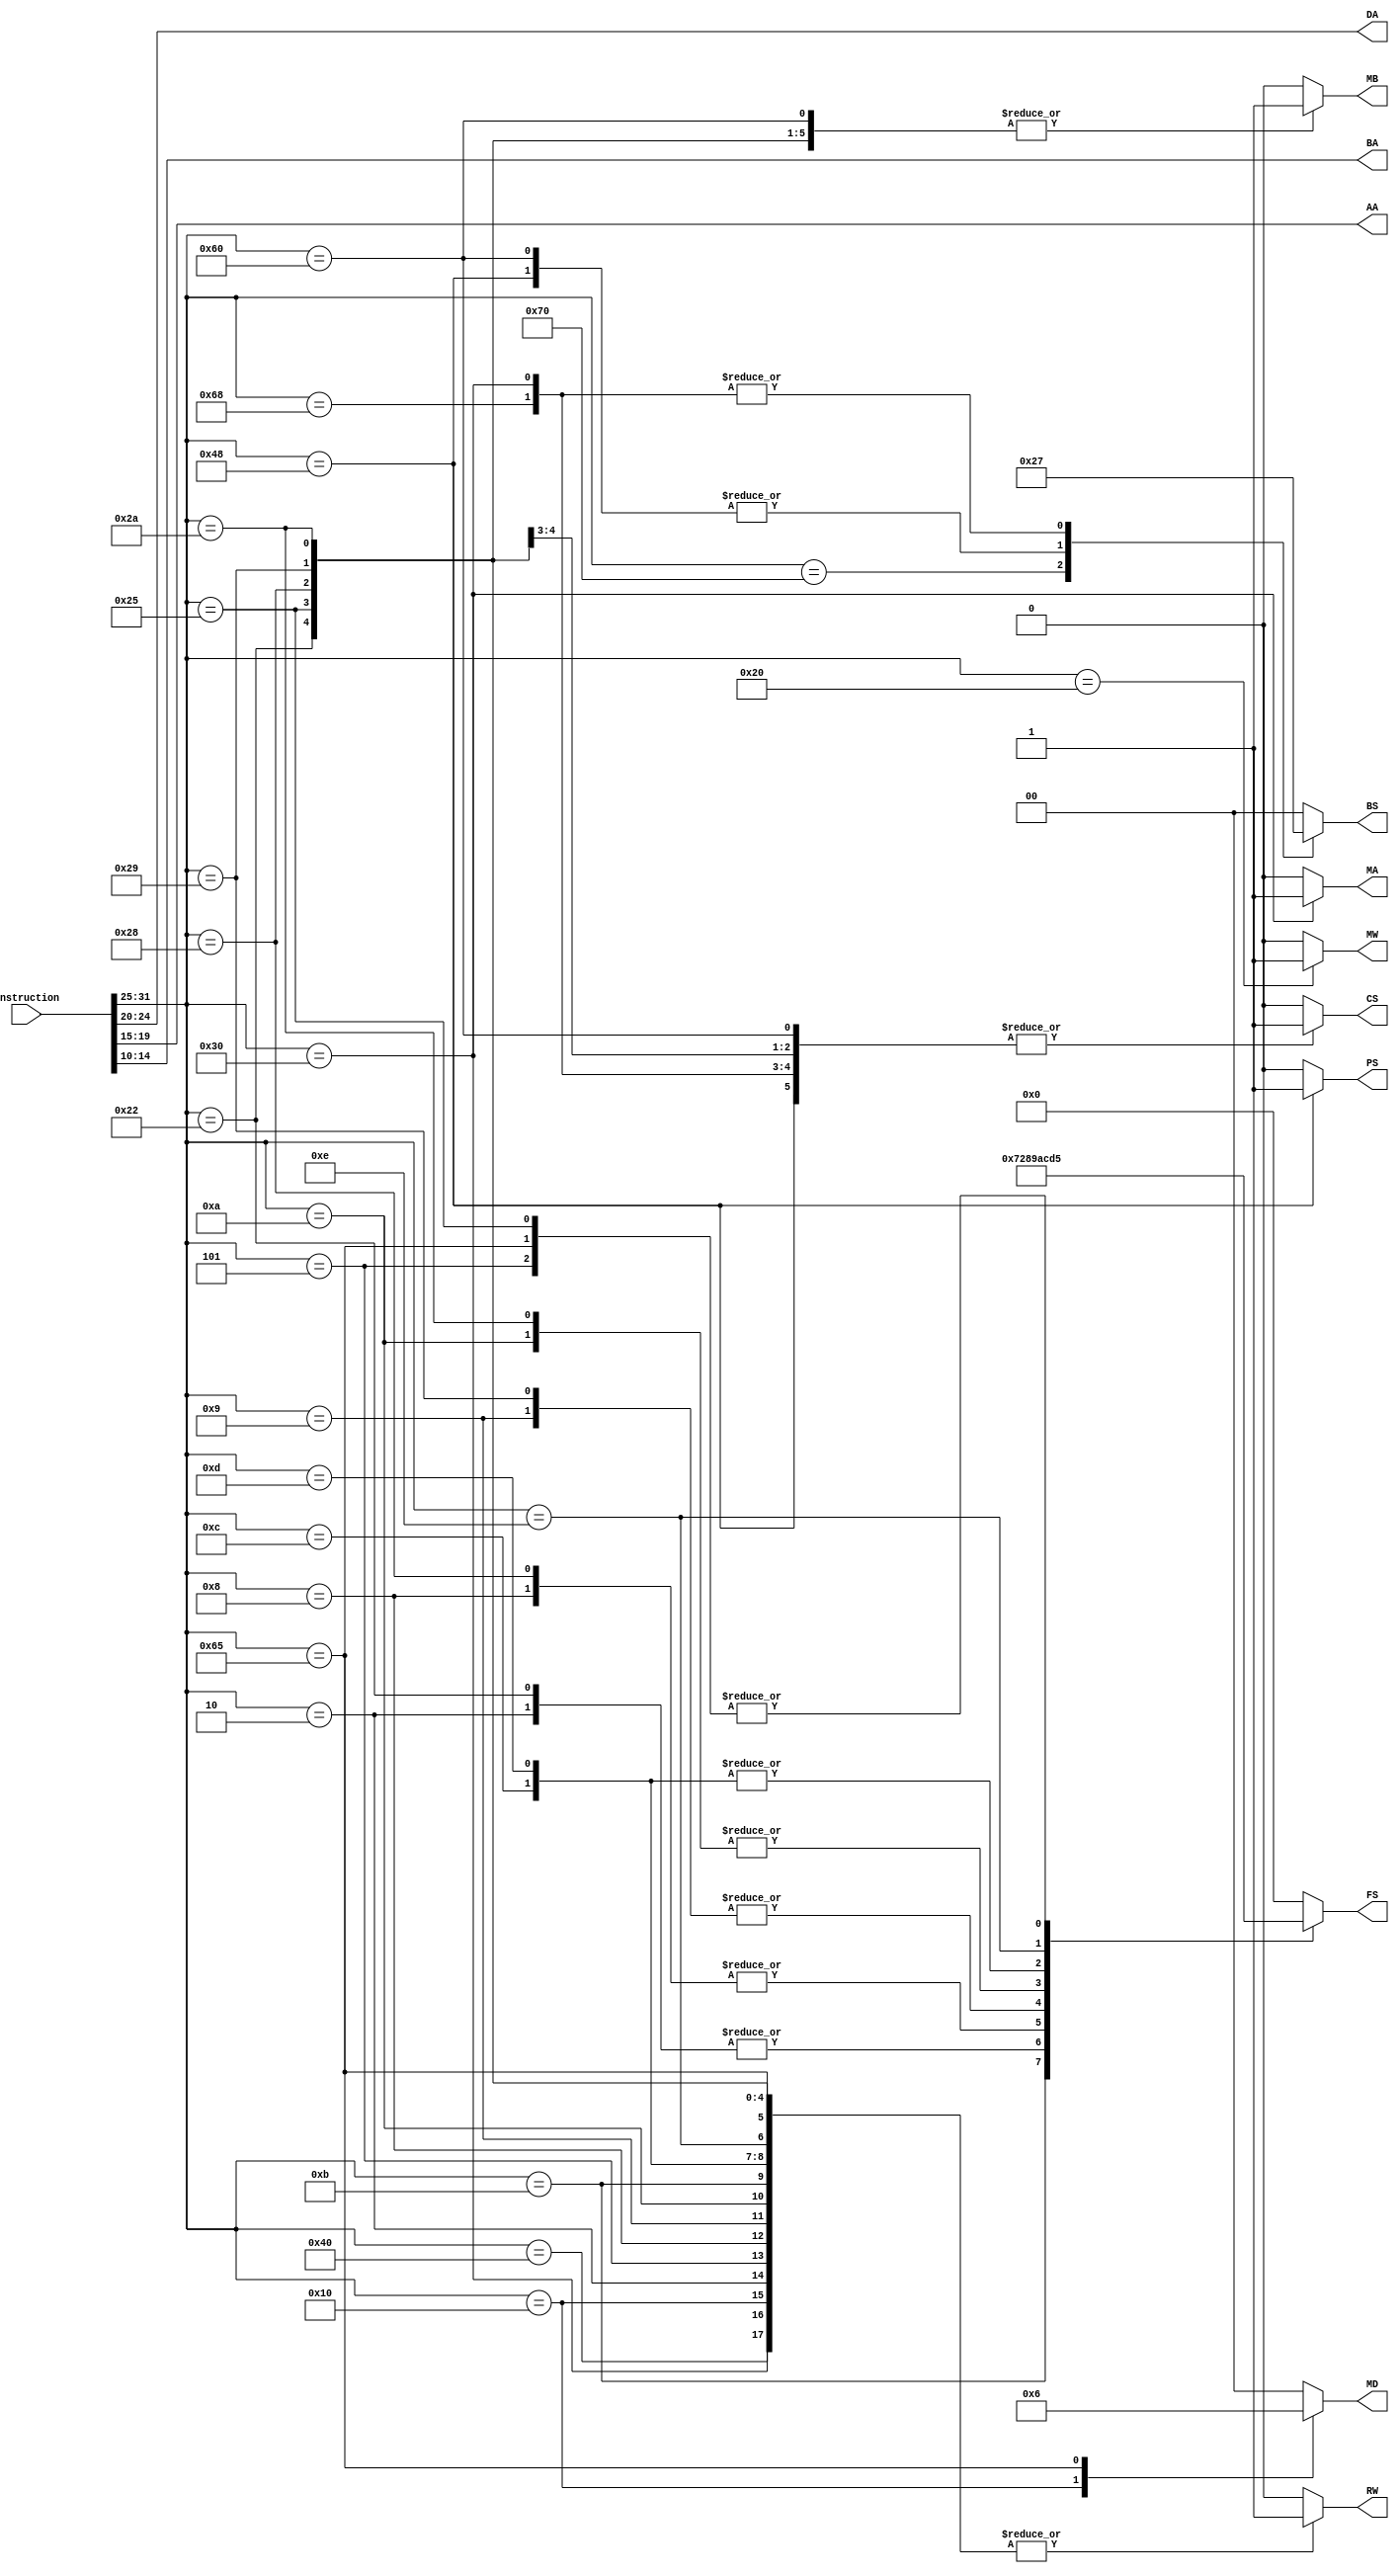
module decoder #(
  parameter INSTRUCTION_SIZE = 32,
  parameter REGISTER_ADDR_WIDTH = 5
) (
  input [INSTRUCTION_SIZE - 1 : 0] instruction,
  output reg RW,
  output reg [REGISTER_ADDR_WIDTH - 1 : 0] DA,
  output reg [1:0] MD,
  output reg [1:0] BS,
  output reg PS,
  output reg MW,
  output reg [3:0] FS,
  output reg MA,
  output reg MB,
  output reg [REGISTER_ADDR_WIDTH - 1 : 0] AA,
  output reg [REGISTER_ADDR_WIDTH - 1 : 0] BA,
  output reg CS
);

  localparam opcode_width = 7;
  localparam one_bit_dont_care = 1'b0;
  localparam two_bits_dont_care = 2'b0;
  localparam four_bits_dont_care = 4'b0;
  
  /*reg RW_next;
  reg [REGISTER_ADDR_WIDTH - 1 : 0] DA_next;
  reg [1:0] MD_next;
  reg [1:0] BS_next;
  reg PS_next;
  reg MW_next;
  reg [3:0] FS_next;*/

  wire [opcode_width - 1 : 0] opcode;

  parameter NOP  = 7'b0000000;
  parameter MOVA = 7'b1000000;
  parameter ADD  = 7'b0000010;
  parameter SUB  = 7'b0000101;
  parameter AND  = 7'b0001000;
  parameter OR   = 7'b0001001;
  parameter XOR  = 7'b0001010;
  parameter NOT  = 7'b0001011;
  parameter ADI  = 7'b0100010;
  parameter SBI  = 7'b0100101;
  parameter ANI  = 7'b0101000;
  parameter ORI  = 7'b0101001;
  parameter XRI  = 7'b0101010;
  parameter AIU  = 7'b0100010;
  parameter SIU  = 7'b0100101;
  parameter MOVB = 7'b0001100;
  parameter LSR  = 7'b0001101;
  parameter LSL  = 7'b0001110;
  parameter LD   = 7'b0010000;
  parameter ST   = 7'b0100000;
  parameter JMR  = 7'b1110000;
  parameter SLT  = 7'b1100101;
  parameter BZ   = 7'b1100000;
  parameter BNZ  = 7'b1001000;
  parameter JMP  = 7'b1101000;
  parameter JML  = 7'b0110000;

  assign opcode = instruction[31:25];

  always@(*) begin
    RW = 1'b1;
    MD = 2'b0;
    BS = 2'b0;
    PS = one_bit_dont_care;
    MW = 1'b0;
    MA = 1'b0;
    CS = one_bit_dont_care;
    DA = instruction[24:20];
    AA = instruction[19:15];
    BA = instruction[14:10];
    case(opcode)
      NOP: begin
        RW = 1'b0;
        MD = two_bits_dont_care;
        FS = four_bits_dont_care;
        MB = one_bit_dont_care;
        MA = one_bit_dont_care;
      end 
      MOVA: begin
        FS = 4'b0000;
        MB = one_bit_dont_care;
      end
      ADD: begin
        FS = 4'b0010;
        MB = 1'b0;
      end
      SUB: begin
        FS = 4'b0101;
        MB = 1'b0;
      end
      AND: begin
        FS = 4'b1000;
        MB = 1'b0;
      end
      OR: begin
        FS = 4'b1001;
        MB = 1'b0;
      end
      XOR: begin
        FS = 4'b1010;
        MB = 1'b0;
      end
      NOT: begin
        FS = 4'b0111;
        MB = one_bit_dont_care;
      end
      ADI: begin
        FS = 4'b0010;
        MB = 1'b1;
        CS = 1'b1;
      end
      SBI: begin
        FS = 4'b0101;
        MB = 1'b1;
        CS = 1'b1;
      end
      ANI: begin
        FS = 4'b1000;
        MB = 1'b1;
        CS = 1'b0;
      end
      ORI: begin
        FS = 4'b1001;
        MB = 1'b1;
        CS = 1'b0;
      end
      XRI: begin
        FS = 4'b1010;
        MB = 1'b1;
        CS = 1'b0;
      end
      AIU: begin
        FS = 4'b0010;
        MB = 1'b1;
        CS = 1'b0;
      end
      SIU: begin
        FS = 4'b0101;
        MB = 1'b1;
        CS = 1'b0;
      end
      MOVB: begin
        FS = 4'b1100;
        MB = 1'b0;
        MA = one_bit_dont_care;
      end
      LSR: begin
        FS = 4'b1100;
        MB = one_bit_dont_care;
      end
      LSL: begin
        FS = 4'b1101;
        MB = one_bit_dont_care;
      end
      LD: begin
        MD = 2'b01;
        FS = four_bits_dont_care;
        MB = one_bit_dont_care;
      end
      ST: begin
        RW = 1'b0;
        MD = two_bits_dont_care;
        MW = 1'b1;
        FS = four_bits_dont_care;
        MB = 1'b0;
      end
      JMR: begin
        RW = 1'b0;
        MD = two_bits_dont_care;
        BS = 2'b10;
        FS = four_bits_dont_care;
        MB = one_bit_dont_care;
      end
      SLT: begin
        MD = 2'b10;
        FS = 4'b0101;
        MB = 1'b0;
      end
      BZ: begin
        RW = 1'b0;
        MD = two_bits_dont_care;
        BS = 2'b01;
        PS = 1'b0;
        FS = 4'b0000;
        MB = 1'b1;
        CS = 1'b1;
      end
      BNZ: begin
        RW = 1'b0;
        MD = two_bits_dont_care;
        BS = 2'b01;
        PS = 1'b1;
        FS = 4'b0000;
        MB = 1'b1;
        CS = 1'b1;
      end
      JMP: begin
        RW = 1'b0;
        MD = two_bits_dont_care;
        BS = 2'b11;
        FS = four_bits_dont_care;
        MB = 1'b1;
        MA = one_bit_dont_care;
        CS = 1'b1;
      end
      JML: begin
        BS = 2'b11;
        FS = 4'b0000;
        MB = 1'b1;
        MA = 1'b1;
        CS = 1'b1;
      end
      default: begin
        RW = one_bit_dont_care;
        MD = two_bits_dont_care;
        BS = two_bits_dont_care;
        PS = one_bit_dont_care;
        MW = one_bit_dont_care;
        FS = four_bits_dont_care;
        MB = one_bit_dont_care;
        MA = one_bit_dont_care;
        CS = one_bit_dont_care;
      end
    endcase
  end
endmodule